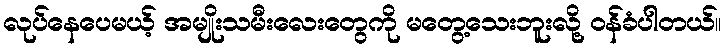
လုပ်နေပေမယ့် အမျိုးသမီးလေးတွေကို မတွေ့သေးဘူးလို့ ဝန်ခံပါတယ်။